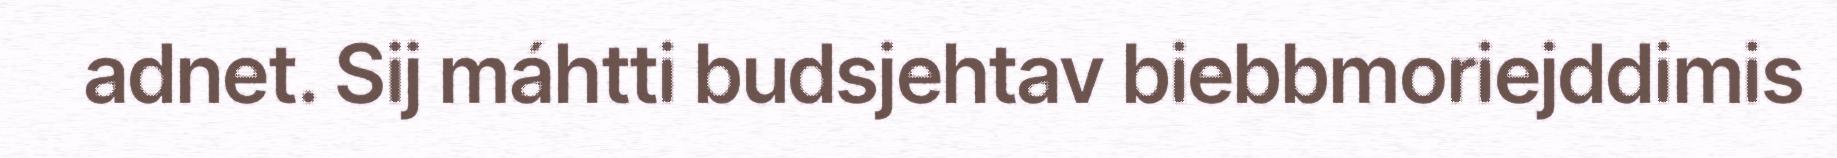
adnet. Sij máhtti budsjehtav biebbmoriejddimis